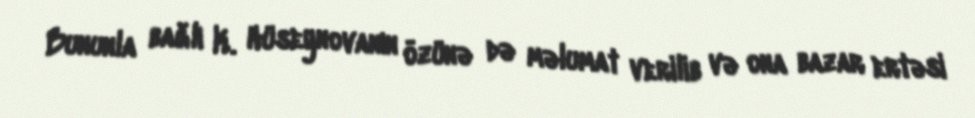
Bununla bağlı K. Hüseynovanın özünə də məlumat verilib və ona bazar ertəsi